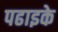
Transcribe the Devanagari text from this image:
पढाइके